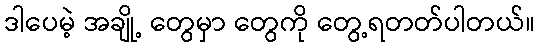
ဒါပေမဲ့ အချို့ တွေမှာ တွေကို တွေ့ရတတ်ပါတယ်။